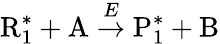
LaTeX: \mathrm{R}_{1}^{*}+\mathrm{A}\stackrel{E}{\rightarrow}\mathrm{P}_{1}^{*}+\mathrm{B}